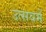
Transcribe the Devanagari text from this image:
उत्सवमें